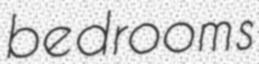
bedrooms